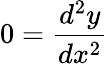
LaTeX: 0=\frac{d^{2}y}{dx^{2}}